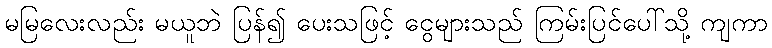
မမြလေးလည်း မယူဘဲ ပြန်၍ ပေးသဖြင့် ငွေများသည် ကြမ်းပြင်ပေါ်သို့ ကျကာ